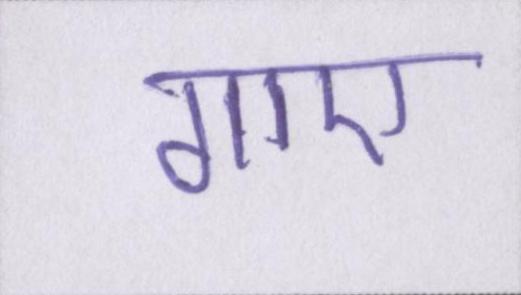
गाए